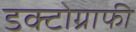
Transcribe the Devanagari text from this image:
डक्टोग्राफी